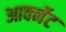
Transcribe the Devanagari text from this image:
आर्क्नेट